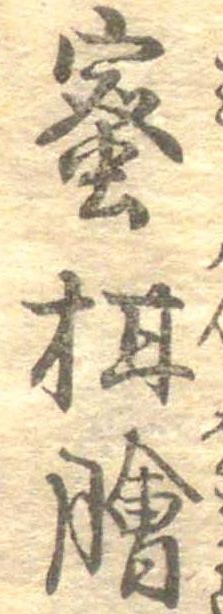
蜜柑膾